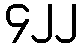
၄၂၂